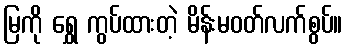
မြကို ရွှေ ကွပ်ထားတဲ့ မိန်းမဝတ်လက်စွပ်။